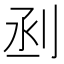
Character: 𠜉